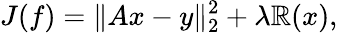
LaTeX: J(f)=\| Ax-y\| _{2}^{2}+\lambda\mathbb{R}(x),